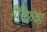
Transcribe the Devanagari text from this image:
पैसिफ़का